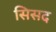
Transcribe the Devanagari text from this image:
सिसद